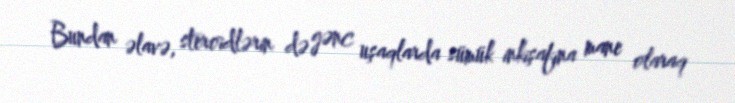
Bundan əlavə, steroidlərin də gənc uşaqlarda sümük inkişafına mane olaraq